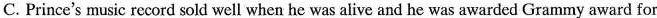
C. Prince's music record sold well when he was alive and he was awarded Grammy award for